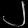
Digit: ၂